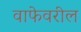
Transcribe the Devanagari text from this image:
वाफेवरील